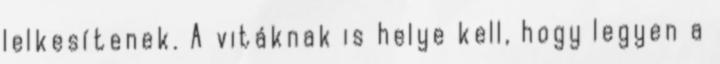
lelkesítenek. A vitáknak is helye kell, hogy legyen a